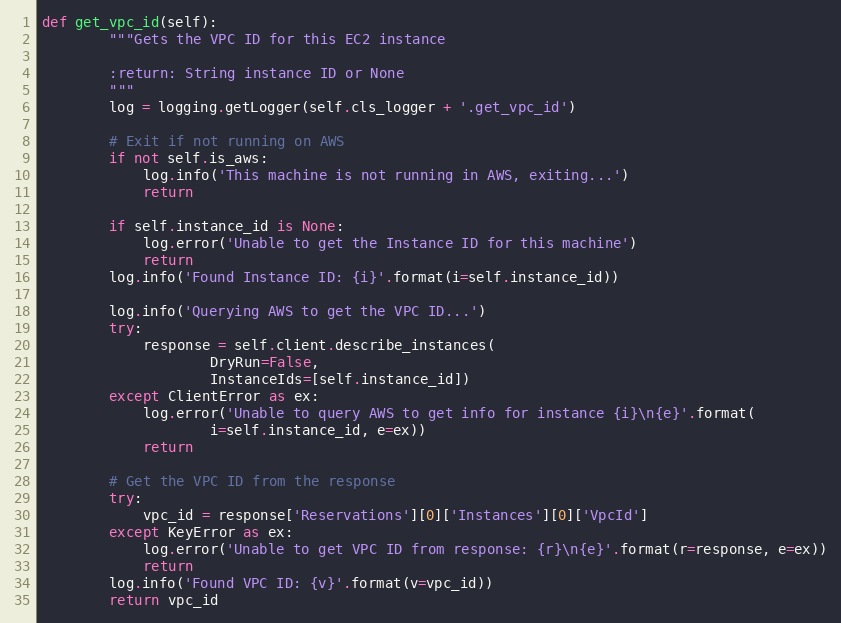
Language: Python
def get_vpc_id(self):
        """Gets the VPC ID for this EC2 instance

        :return: String instance ID or None
        """
        log = logging.getLogger(self.cls_logger + '.get_vpc_id')

        # Exit if not running on AWS
        if not self.is_aws:
            log.info('This machine is not running in AWS, exiting...')
            return

        if self.instance_id is None:
            log.error('Unable to get the Instance ID for this machine')
            return
        log.info('Found Instance ID: {i}'.format(i=self.instance_id))

        log.info('Querying AWS to get the VPC ID...')
        try:
            response = self.client.describe_instances(
                    DryRun=False,
                    InstanceIds=[self.instance_id])
        except ClientError as ex:
            log.error('Unable to query AWS to get info for instance {i}\n{e}'.format(
                    i=self.instance_id, e=ex))
            return

        # Get the VPC ID from the response
        try:
            vpc_id = response['Reservations'][0]['Instances'][0]['VpcId']
        except KeyError as ex:
            log.error('Unable to get VPC ID from response: {r}\n{e}'.format(r=response, e=ex))
            return
        log.info('Found VPC ID: {v}'.format(v=vpc_id))
        return vpc_id